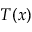
T ( x )